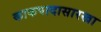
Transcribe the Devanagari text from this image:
काकपादासारखा